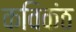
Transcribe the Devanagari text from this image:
कविकंठ